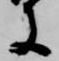
に